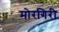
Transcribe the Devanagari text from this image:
मोरगिरी